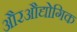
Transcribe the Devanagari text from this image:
औरऔद्योगिक